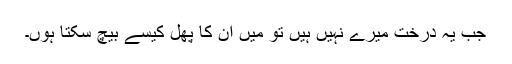
جب یہ درخت میرے نہیں ہیں تو میں ان کا پھل کیسے بیچ سکتا ہوں۔